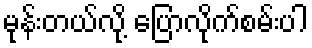
မုန်းတယ်လို့ ပြောလိုက်စမ်းပါ